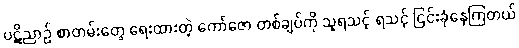
ပဋိညာဉ် စာတမ်းတွေ ရေးထားတဲ့ ကော်ဇော တစ်ချပ်ကို သူရသင့် ရသင့် ငြင်းခုံနေကြတယ်